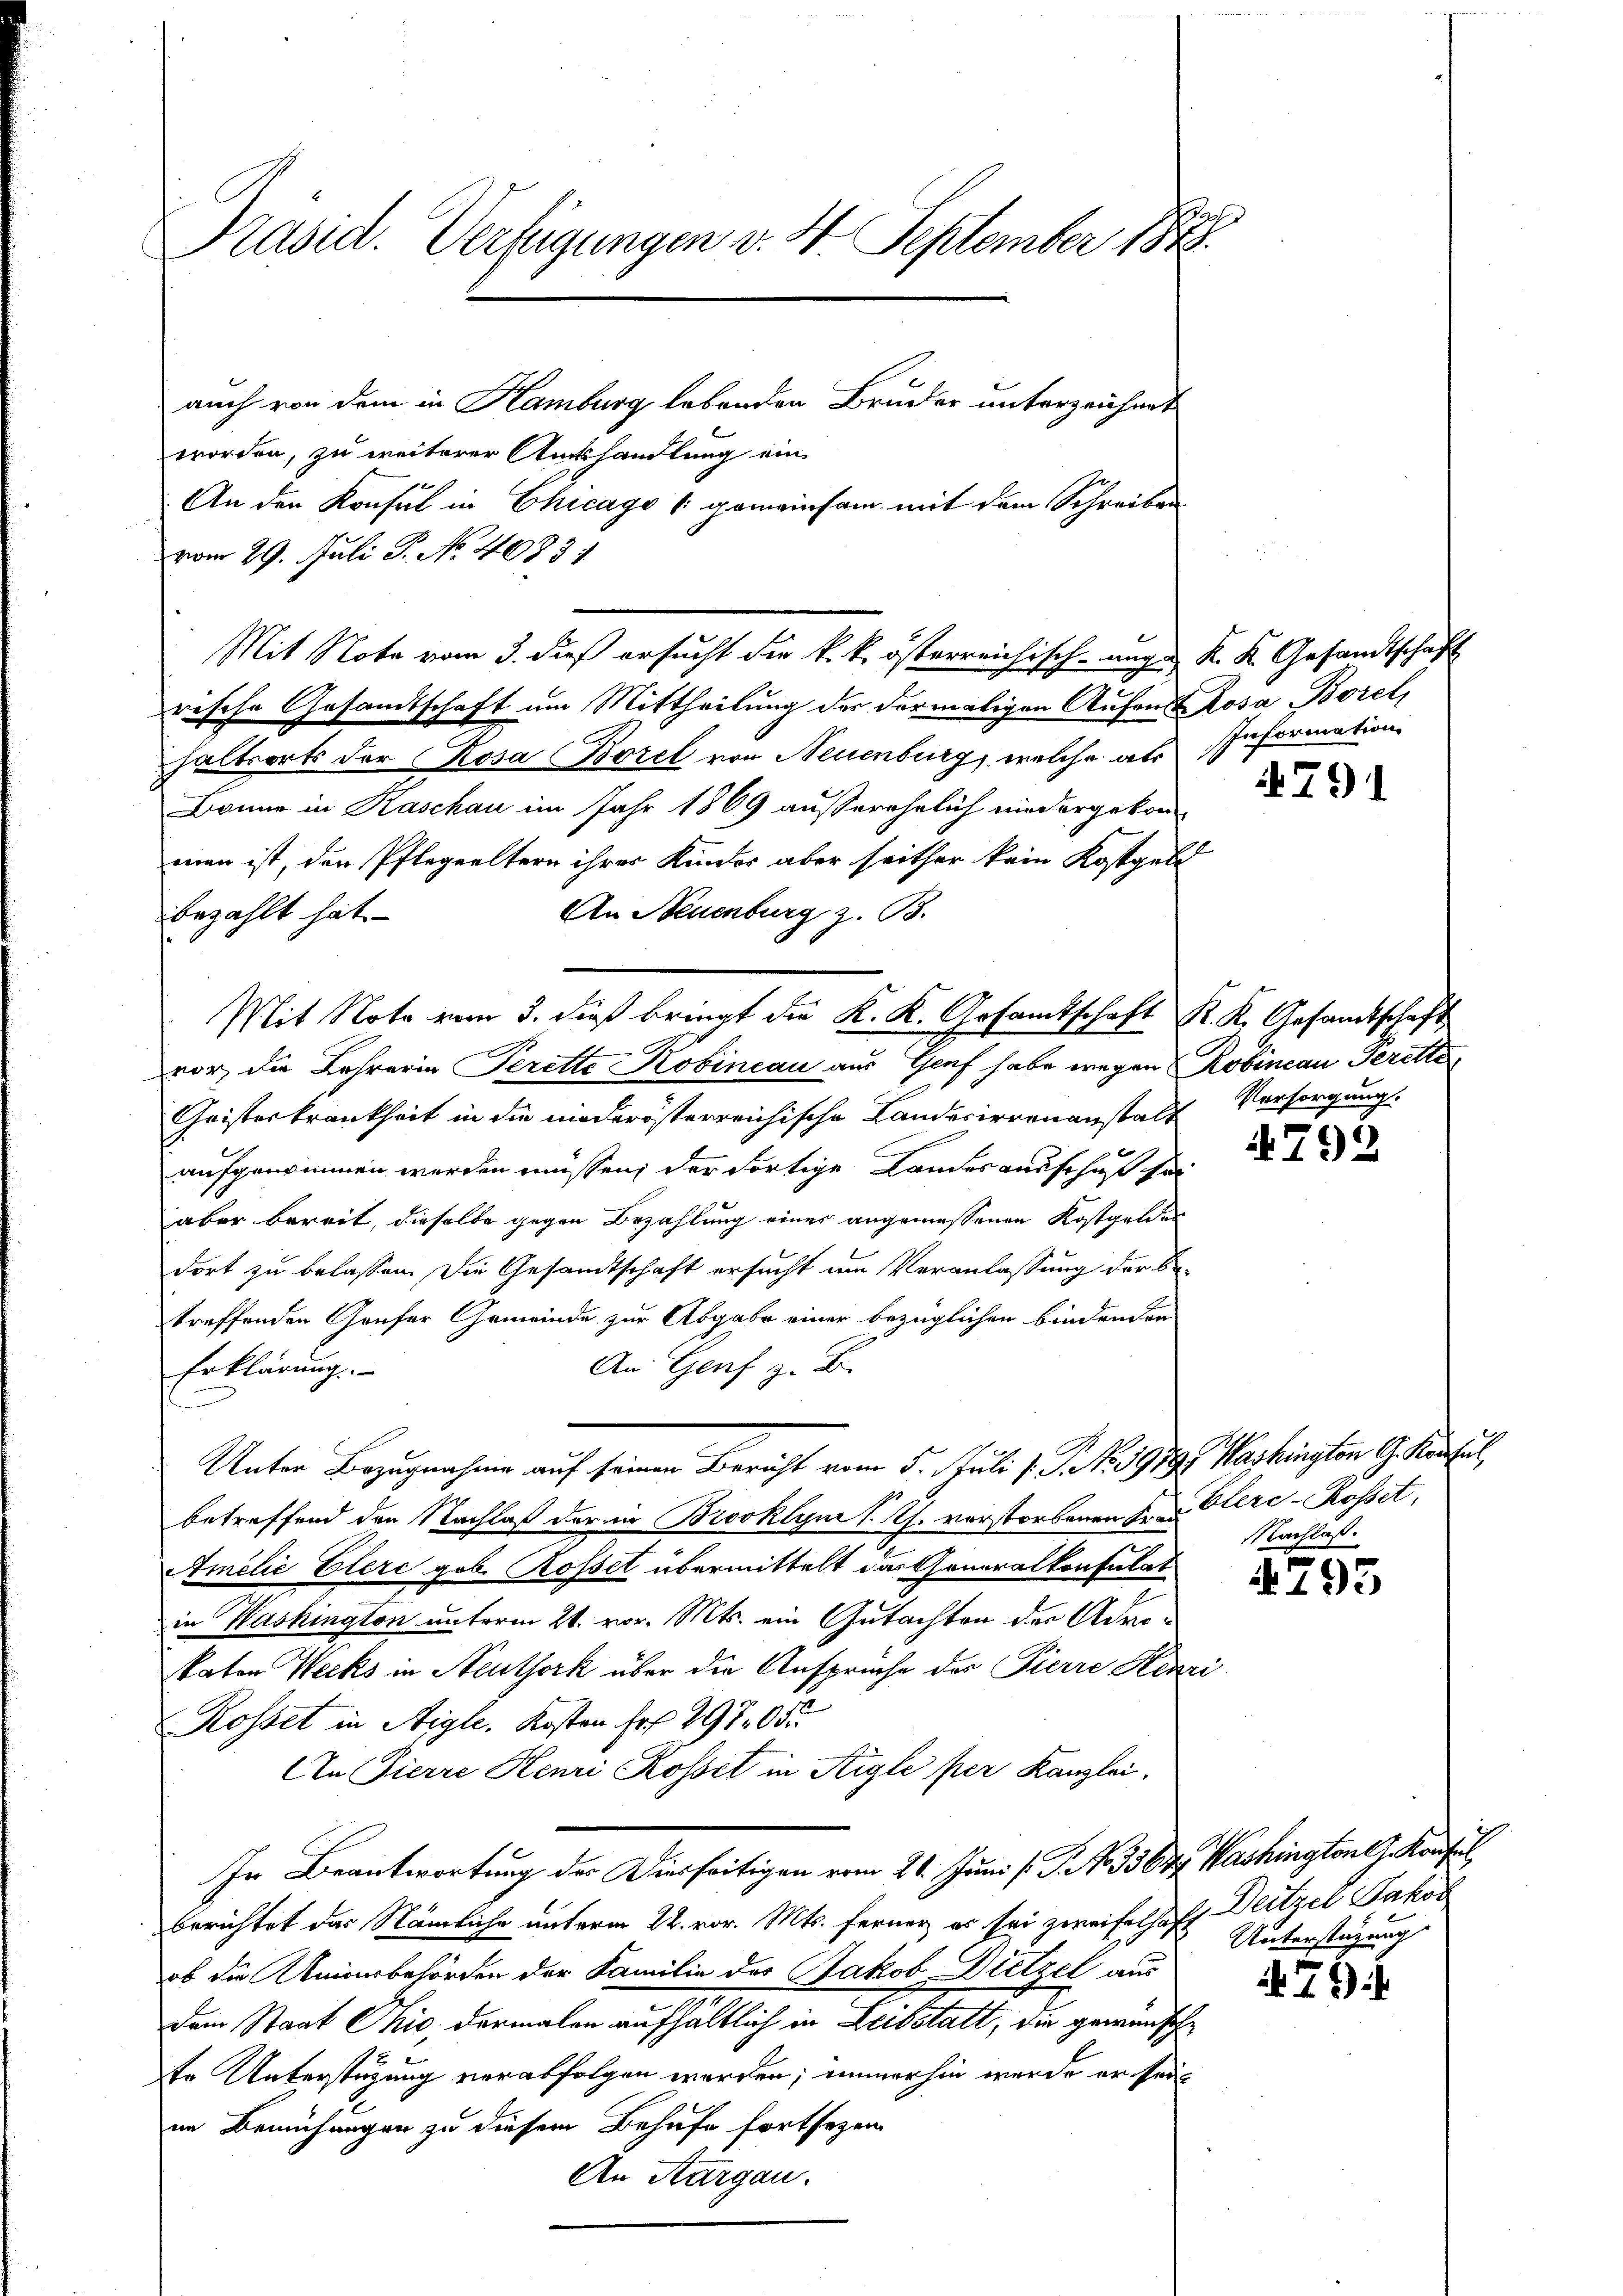
s
Präsid. Verfügungen v. 4. September 1848.
auch von dem in Hamburg lebenden Bruder unterzeichnet

worden, zu weiterer Amtshandlung ein
An den Konsul in Chicago (gemeinsam mit dem Schreiben
vom 29. Juli P. No. 4083
rische Gesamtschaft um Mittheilung der dermaligen Aufend Rosa Borel,
haltsorts der Rosa Borel von Neuenburg, welche als
Banne in Kaschau im Jahr 1869 außerehelich niedergekom
man ist, der Pflegeeltern ihrer Kinder aber seither kein Kostgeld
An Neuenburg z. B.
bezahlt hat.
Mit Note vom 3. dieß bringt die K. K. Gesamtschaft K. K. Gesamtschaft
.
vor, die Lehrerin Perette Kobincau aus Genf habe wegen Robincau Gerette¬
Geisterkrankheit in die niederösterreichische Landesirrenanstalt
aufgenommen werden müssen, der Fortige Landesausschaft sei
aber bereit, dieselbe gegen Bezahlung eines angemessenen Kostgeldes
dort zu belassen. Die Gesandtschaft ersucht um Veranlassung der betreffenden Gaufer Gemeinde zur Abgabe einer bezüglichen bindenden
An Genf z. B.
Erklärung.
Unter Bezugnahme auf seinen Bericht vom 5. Juli v. J. N. 3989 Washington G. Kausal,
betreffend den Nachlaß der in Brooklyn h. Th. verstorbenen Fr. Clerc-Rosset,
Amelić Elerc gob. Rosset übermittelt das Generalkonsulat
in Washington unterm 21. vor. Mts. ein Gutachten der Admokaten Wecks in Neuthork über die Ansprüche des Pierre Kenzi
Rosset in Aigle. Kosten Fr. 29705
An Pierre Henri Rosset in Aigle per Kanzlei,
In Beantwortung der Dierseitigen vom 21. Juni [ P. No 33649 Washington J. Konsul
berichtet das Nämliche unterm 22. vor. Mts. ferner es sei zweifelhaft Deitzel Jakob
ob die Univerbehörden der Familie des Jakob Dietzel aus
Dem Staat Chis, dermalen aufhaltlich in Leibstalt, die gewünsche
te Unterstüzung verabfolgen werden; immerhin werde er seit
im Bemühungen zu diesem Behufe fortsezen
An Aargau.

Mit Note vom 3. dieß ersucht die k. k. österreichisch-nage K. K. Gesandtschaft

Information

4791

Versorgung.

4792

4793

479 f.

Nachlaß.

Unterstützung